Lunatic asylums Punjab 1881-1894 - 1881-1894
Year: 1881
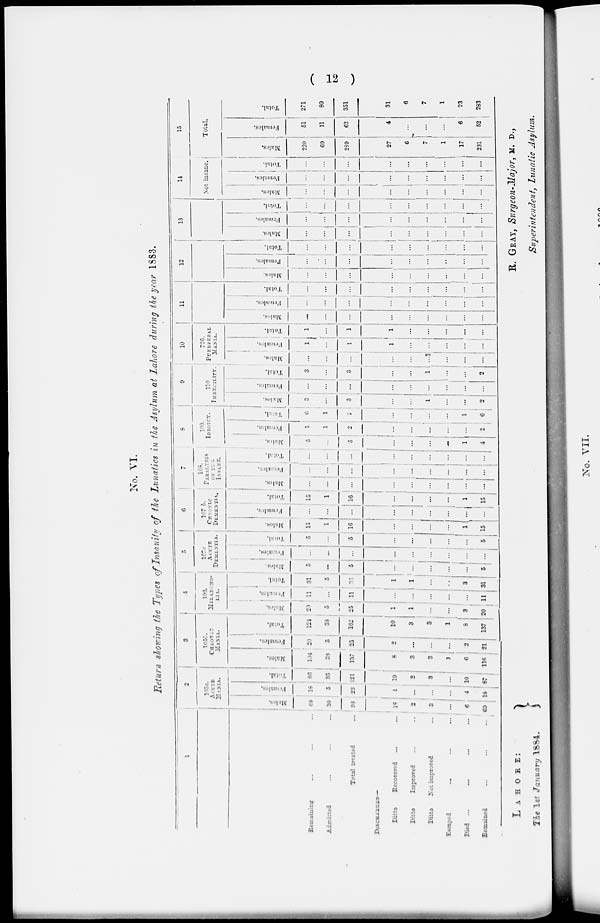
( 12 )
No. VI.
Return showing the Types of Insanity of the Lunatics in the Asylum at Lahore during the year 1883.
1
Remaining ... ... ...
Admitted ... ... ...
Total treated ...
DISCHARGED—
Ditto Recovered ... ...
Ditto
Improved ... ...
Ditto Not improved ...
Escaped
...
...
...
Died ... ... ... ...
Remained
...
...
...
2
105a.
ACUTE
MANIA.
Males.
68
30
93
18
2
3
...
6
69
Females.
18
5
23
1
...
...
...
4
18
Total.
86
35
121
19
2
3
...
10
87
3
105b.
CHRONIC
MANIA.
Males.
104
33
137
6
3
3
1
6
116
Females.
20
5
25
2
...
...
...
2
21
Total.
124
38
162
10
3
3
1
8
137
4
193.
MELANCHO
LIA.
Males.
20
5
25
1
1
...
...
3
20
Females.
11
...
11
...
...
...
...
...
11
Total.
31
5
36
1
1
...
...
3
31
5
107a
Acute
DEMENTIA.
Males.
5
...
5
...
...
...
...
...
5
Females.
...
...
...
...
...
...
...
...
...
Total.
5
...
5
...
...
...
...
...
5
6
107 5.
CHRONIC
DEMENTIA.
Males.
15
1
16
...
...
...
...
1
15
Females.
...
...
...
...
...
...
...
...
...
Total.
15
1
...
...
...
...
...
1
15
7
108.
PABALYSIS
OF THE
INSANE.
Males.
...
...
...
...
...
...
...
...
Females.
...
...
...
...
...
...
...
...
...
Total.
...
...
...
...
...
...
...
...
...
8
109.
IDIOICY.
Males.
5
...
5
...
...
...
...
1
4
Females.
1
1
2
...
...
...
...
...
2
Total.
6
1
7
...
...
...
...
1
6
9
110
IMBECILITY.
Males.
3
...
3
...
...
1
...
...
2
Females.
...
...
...
...
...
...
...
...
...
Total.
3
...
3
...
...
1
...
...
2
10
726.
PUERPERAL
MANIA.
Males.
...
...
...
...
...
...
...
...
...
Females.
1
...
...
1
...
...
...
...
...
Total.
1
...
1
1
...
...
...
...
...
11
Males.
...
...
...
...
...
...
...
...
Females.
...
...
...
...
...
...
...
...
...
Total.
...
...
...
...
...
...
...
...
...
12
Males.
...
...
...
...
...
...
...
...
...
Females.
...
...
...
...
...
...
...
...
...
Total.
...
...
...
...
...
...
...
...
...
13
Males.
...
...
...
...
...
...
...
...
...
Females.
...
...
...
...
...
...
...
...
...
Total.
...
...
...
...
...
...
...
...
...
14
Not insane.
Males.
...
...
...
...
...
...
...
...
...
Females.
...
...
...
...
...
...
...
...
...
Total.
...
...
...
...
...
...
...
...
15
Total.
Males.
220
69
289
27
6
7
1
17
231
Females.
51
11
62
4
...
...
...
6
52
Total.
271
80
351
31
6
7
1
23
283
LAHORE
:
The 1st January 1884.
R. GRAY, Surgeon-Major, M. D.,
Superintendent, Lunatic Asylum.